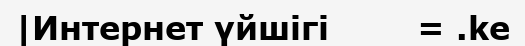
|Интернет үйшігі        = .ke